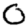
Digit: 0